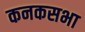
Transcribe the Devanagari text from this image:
कनकसभा